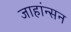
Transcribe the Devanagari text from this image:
जाहांन्सन